Lunatic asylums United Prov. 1922-30 - 1922-1930
Year: 1922
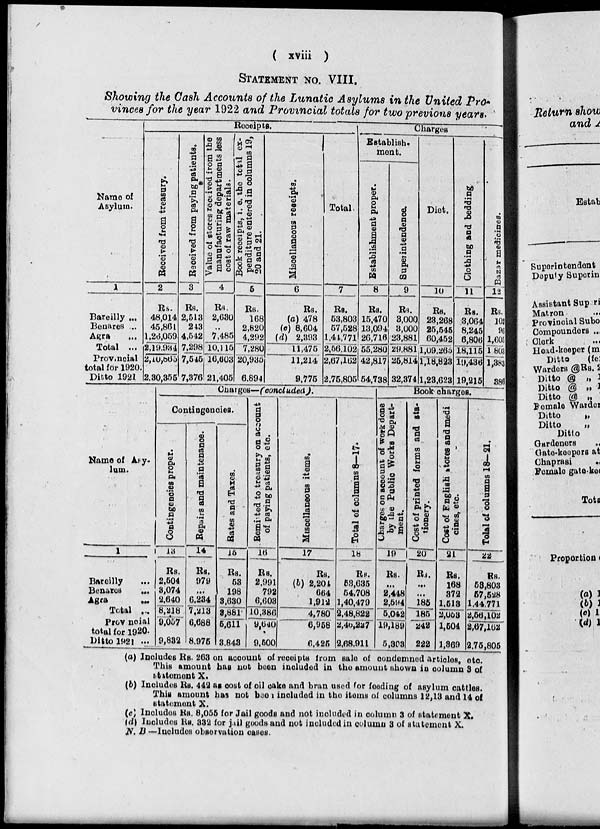
(
xviii
)
STATEMENT NO. VIII.
Showing the Cash Accounts of the Lunatic Asylums in the United Pro-
vinces for the year 1922 and Provincial totals for two previous years.
Name of
Asylum.
1
Bareilly ...
Benares ...
Agra
...
Total ...
Provincial
total for 1920.
Ditto 1921
Receipts.
Received
from treasury.
2
Rs.
48,014
45,861
l,26,059
2,19,934
2,10,865
2,30,355
Received
from paying patients.
3
Rs.
2,513
243
4,542
7,298
7,545
7,376
Value of stores received from the
manufacturing departments less
cost of raw materials.
4
Rs.
2,630
...
7,485
10,115
16,603
21,405
Book receipts, i. e. the total ex-
penditure entered in columns 19,
20 and 21.
5
Rs.
168
2,820
4,292
7,280
20,935
6,894
Miscellaneous receipts.
6
Rs.
(a) 478
(c) 8,604
(d) 2,393
11,475
11,214
9,775
Total.
7
Rs.
53,803
57,528
1,44,771
2,56,102
2,67,162
2,75,805
Charges
Establish¬
ment.
Establishment proper.
8
Rs.
15,470
13,094
26,716
55,280
42,817
54,738
Superintendence.
9
Rs.
3,000
3,000
23,881
29,881
25,814
32,374
Diet.
10
Rs.
23,268
25,545
60,452
1,09,265
1,18,823
1,23,623
Clothing and bedding
11
Rs.
3,064
8,245
6,806
18,115
19,436
19,215
Bazar medicines.
12
Rs.
102
96
1,605
1,803
1,383
386
Name of Asy-
lum.
1
Bareilly ...
Benares
...
Agra
...
Total ...
Provincial
total for 1920.
Ditto 1921 ...
Charges—(concluded).
Contingencies.
Contingencies proper.
13
Rs.
2,504
3,074
2,640
8,218
9,057
9,832
Repairs and maintenance.
14
RS.
979
...
6,234
7,213
6,688
8,975
Bates and Taxes.
15
Rs.
53
198
3,630
3,881
5,611
3,843
Remitted
to treasury on account
of paying patients, etc.
16
Rs.
2,991
792
6,603
10,386
9,640
9,500
Miscellaneous items.
17
Rs.
(b) 2,204
664
1,912
4,780
6,958
6,425
Total of columns 8—17.
18
Rs.
53,635
54,708
1,40,479
2,48,822
2,46,227
2,68,911
Book charges.
Charges on account of work done
by the Public Works Depart-
ment.
19
Rs.
...
2,448
2,594
5,042
19,189
5,303
Cost of printed forms and sta-
tionery.
20
Rs.
...
...
185
185
242
222
Cost of English tores and medi
cines, etc.
21
Rs.
168
372
1,513
2,053
1,504
1,369
Total of columns 18—21.
22
Rs.
53,803
57,528
1,44,771
2,56,102
2,67,162
2,75,805
(a) Includes Rs. 263 on account of receipts from sale of condemned articles, etc
This amount has not been included in the amount shown in column 3 of
statement X.
(b) Includes Rs. 442 as cost of oil cake and bran used for feeding of asylum cattles.
This amount has not been included in the items of columns 12,13 and 14 of
statement X.
(c) Includes Rs. 8,055 for Jail goods and not included in column 3 of statement X.
(d) Includes Rs.332 for jail goods and not included in column 3 of statement X.
N. B—Includes observation cases.